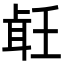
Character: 𦕢